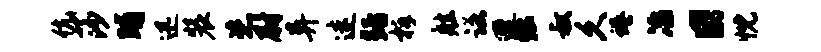
伉莎晡迅装恣尉异迷黯柝舷诺遭黜叔久蜷冶日忱